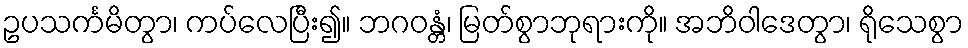
ဥပသင်္ကမိတွာ၊ ကပ်လေပြီး၍။ ဘဂဝန္တံ၊ မြတ်စွာဘုရားကို။ အဘိဝါဒေတွာ၊ ရိုသေစွာ